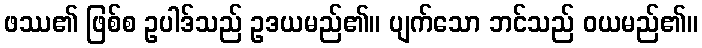
ဖဿ၏ ဖြစ်စ ဥပါဒ်သည် ဥဒယမည်၏။ ပျက်သော ဘင်သည် ဝယမည်၏။